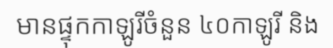
មានផ្ទុកកាឡូរីចំនួន ៤០កាឡូរី និង